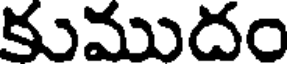
కుముదం